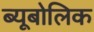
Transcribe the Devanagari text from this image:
ब्यूबोलिक